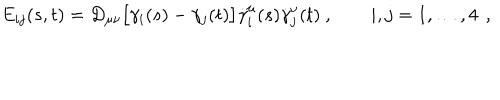
E _ { i j } ( s , t ) = D _ { \mu \nu } \bigl [ \gamma _ { i } ( s ) - \gamma _ { j } ( t ) \bigr ] \dot { \gamma } _ { i } ^ { \mu } ( s ) \dot { \gamma } _ { j } ^ { \nu } ( t ) \ , \qquad i , j = 1 , \dots , 4 \ \, ,